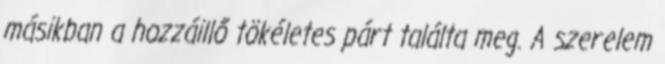
másikban a hozzáillő tökéletes párt találta meg. A szerelem